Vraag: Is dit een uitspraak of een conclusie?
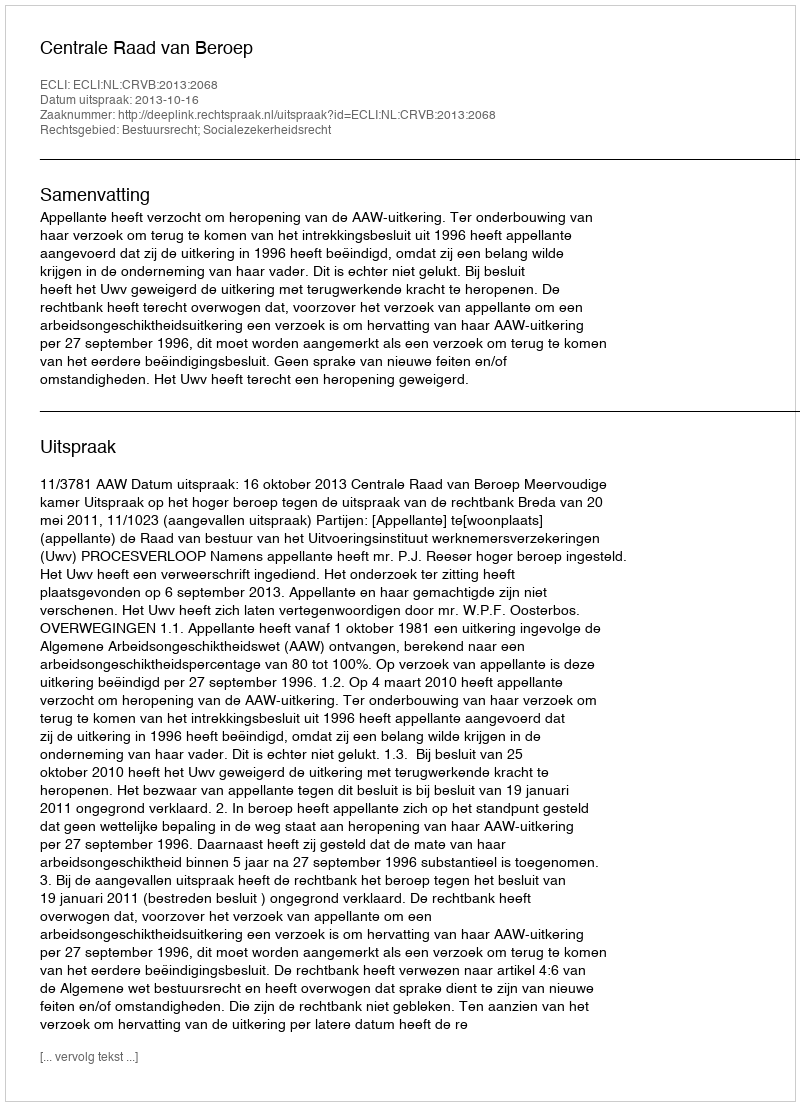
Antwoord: Uitspraak